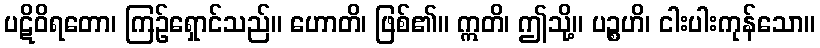
ပဋိဝိရတော၊ ကြဉ်ရှောင်သည်။ ဟောတိ၊ ဖြစ်၏။ ဣတိ၊ ဤသို့။ ပဉ္စဟိ၊ ငါးပါးကုန်သော။